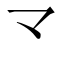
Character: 龴